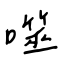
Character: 噬